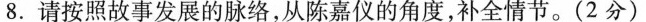
8.请按照故事发展的脉络，从陈嘉仪的角度，补全情节。(2分)